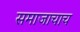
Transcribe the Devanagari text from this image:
समाजाचाच